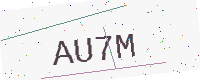
Text: AU7M